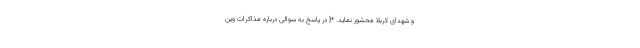
و شهدای کربلا محشور نماید. *{ در پاسخ به سوالی درباره مذاکرات وین